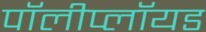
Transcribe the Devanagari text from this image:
पॉलीप्लॉयड